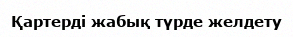
Қартерді жабық түрде желдету